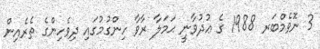
3 ނޮވެމްބަރ 1988 ގެ ޢުދުވާނީ ޙަމަލާ ރާވާ ހިންގުމުގައި ދިވެހިންގެ ތެރެއިން